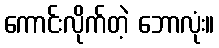
ကောင်းလိုက်တဲ့ ဘောလုံး။